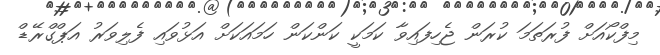
މިފްކޯއަަށް ފުރަތަމަ ކުރަން ޖެހިފައިވާ ކަމަކީ ކަންކަން ހަމައަކަށް އަޅުވައި ފެލިވަރު އަޕްގްރޭޑް